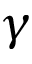
\gamma